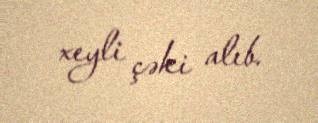
xeyli çəki alıb.